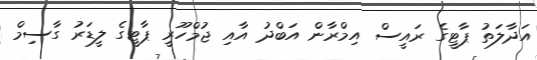
އަދާލަތު ޕާޓީގެ ރައީސް އިމްރާން އަބްދު އާއި ޖުމްހޫރީ ޕާޓީގެ ލީޑަރު ގާސިމް